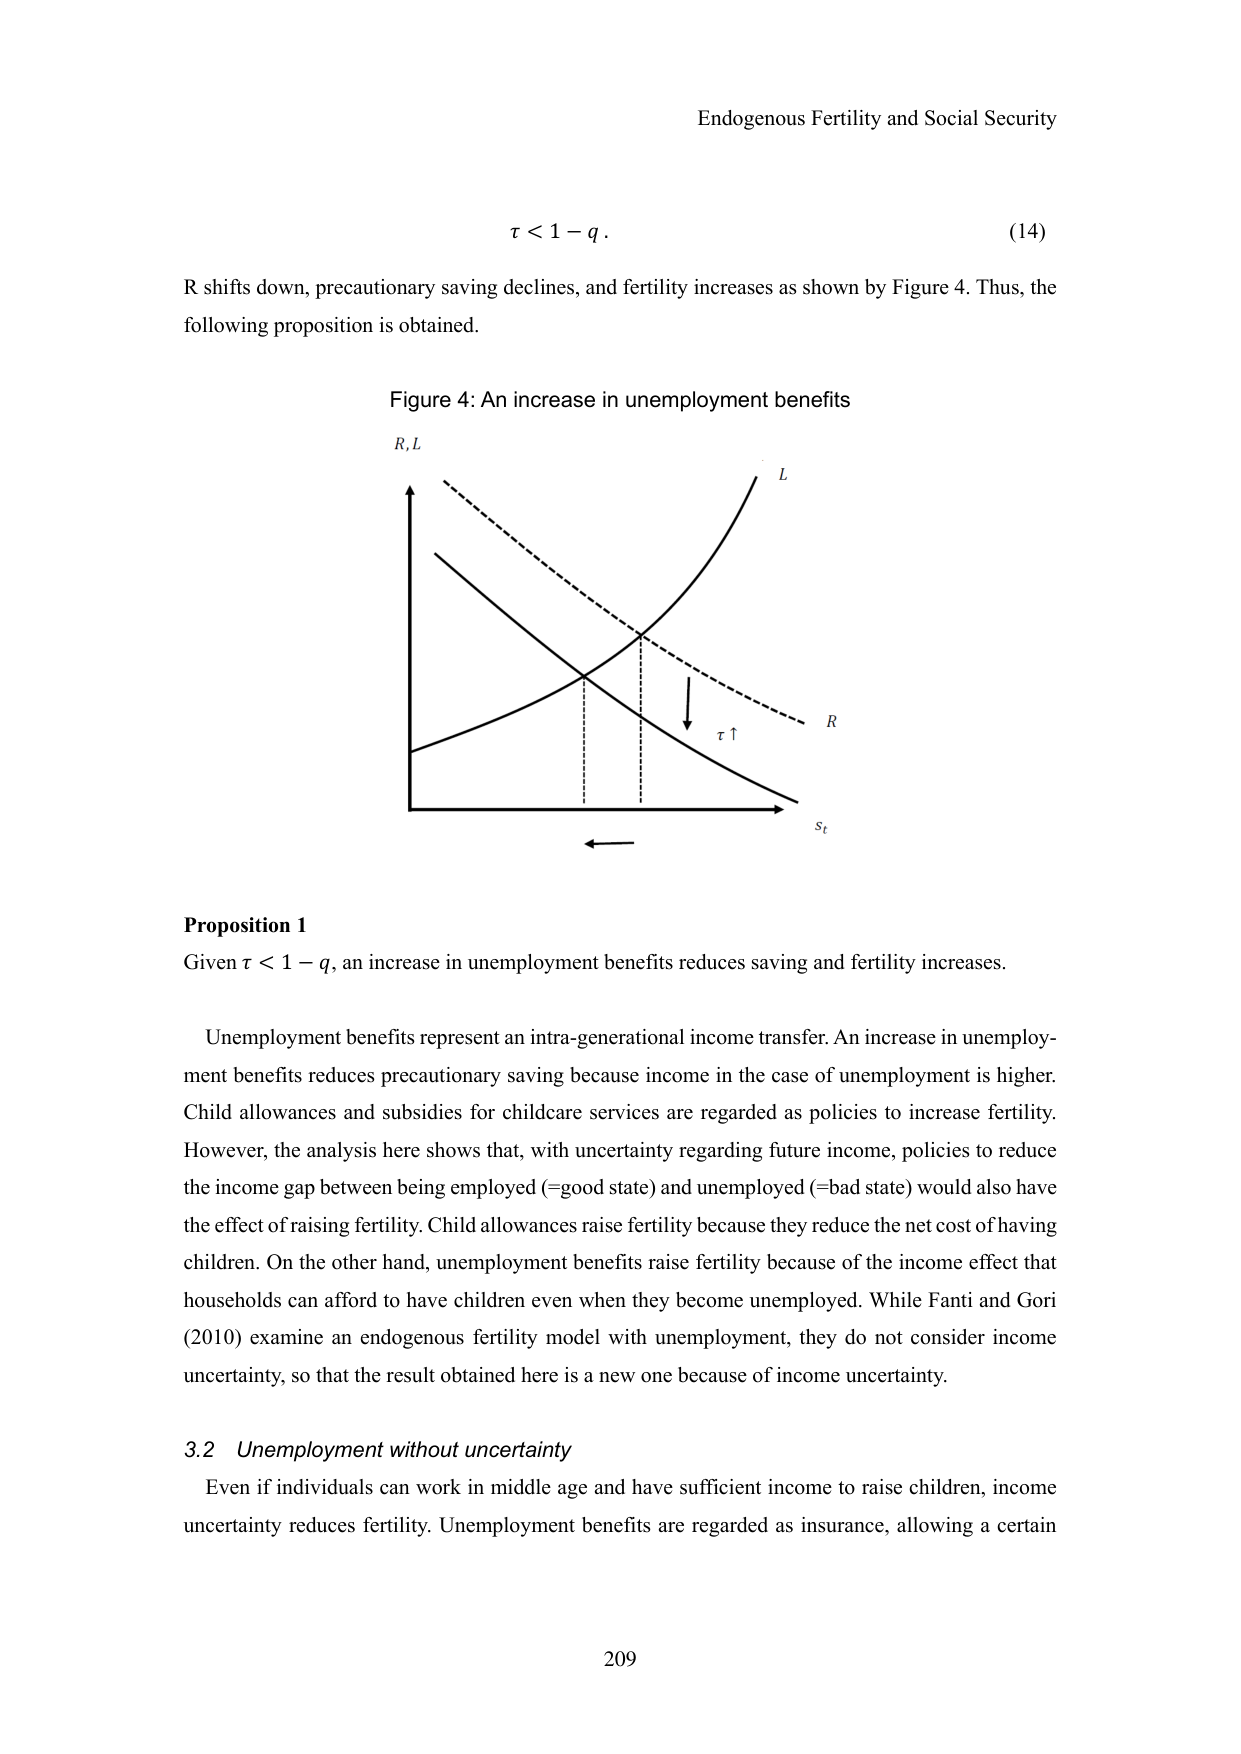
Endogenous Fertility and Social Security

τ < 1 − q.  (14)

R shifts down, precautionary saving declines, and fertility increases as shown by Figure 4. Thus, the following proposition is obtained.

Figure 4: An increase in unemployment benefits

R, L
L
R
τ ↑
s_t

Proposition 1
Given τ < 1 − q, an increase in unemployment benefits reduces saving and fertility increases.

Unemployment benefits represent an intra-generational income transfer. An increase in unemployment benefits reduces precautionary saving because income in the case of unemployment is higher. Child allowances and subsidies for childcare services are regarded as policies to increase fertility. However, the analysis here shows that, with uncertainty regarding future income, policies to reduce the income gap between being employed (=good state) and unemployed (=bad state) would also have the effect of raising fertility. Child allowances raise fertility because they reduce the net cost of having children. On the other hand, unemployment benefits raise fertility because of the income effect that households can afford to have children even when they become unemployed. While Fanti and Gori (2010) examine an endogenous fertility model with unemployment, they do not consider income uncertainty, so that the result obtained here is a new one because of income uncertainty.

3.2 Unemployment without uncertainty
Even if individuals can work in middle age and have sufficient income to raise children, income uncertainty reduces fertility. Unemployment benefits are regarded as insurance, allowing a certain

209